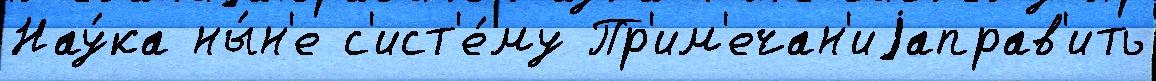
Нау́ка ны́н'е с'ист'е́му Пр'им'ечан'иjаправ'ить